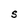
Character: S